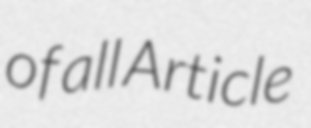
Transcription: of all Article